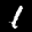
Label: 1